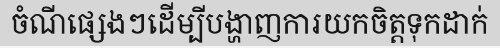
ចំណីផ្សេងៗដើម្បីបង្ហាញការយកចិត្តទុកដាក់